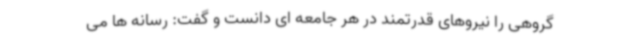
گروهی را نیروهای قدرتمند در هر جامعه ای دانست و گفت: رسانه ها می